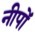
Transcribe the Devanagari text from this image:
नीपों